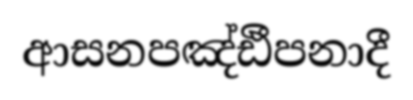
ආසනපඤ්ඪීපනාදී